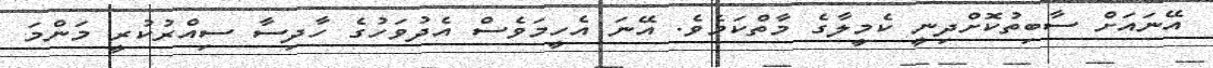
އޭނައަށް ސާބިތުކޮށްދިނީ ކެމީލާގެ މާތްކަމެވެ. އޭނަ އެހީމަވެސް އެދުވަހުގެ ހާދިސާ ސިއްރުކުރީ މަންމަ